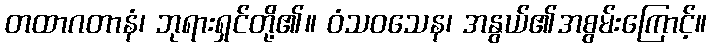
တထာဂတာနံ၊ ဘုရားရှင်တို့၏။ ဝံသဝသေန၊ အနွယ်၏အစွမ်းကြောင့်။